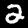
Digit: 2